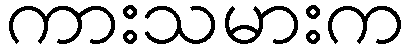
ကားသမားက